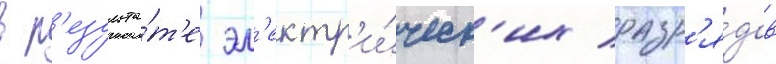
в р'езульта́т'е эл'ектр'и́ческ'их разр'я́дов